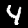
Digit: 4